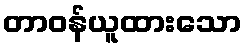
တာဝန်ယူထားသော